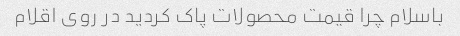
باسلام چرا قیمت محصولات پاک کردید در روی اقلام